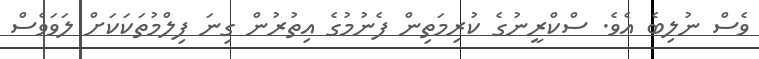
ވެސް ނުލިބެ އެވެ. ސްކްރީނުގެ ކުރިމަތިން ފެނުމުގެ އިތުރުން ގިނަ ފިލްމުތަކަކަށް ލަވަވެސް